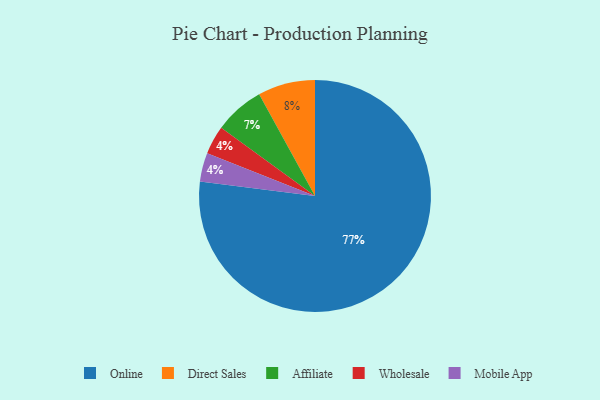
{"axis": {"x": "Category", "y": "Percentage"}, "legend": ["Affiliate", "Direct Sales", "Mobile App", "Online", "Wholesale"], "data": [{"x": "Wholesale", "y": 4, "type": "Wholesale"}, {"x": "Mobile App", "y": 4, "type": "Mobile App"}, {"x": "Affiliate", "y": 7, "type": "Affiliate"}, {"x": "Online", "y": 77, "type": "Online"}, {"x": "Direct Sales", "y": 8, "type": "Direct Sales"}]}